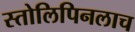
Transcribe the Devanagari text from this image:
स्तोलिपिनलाच